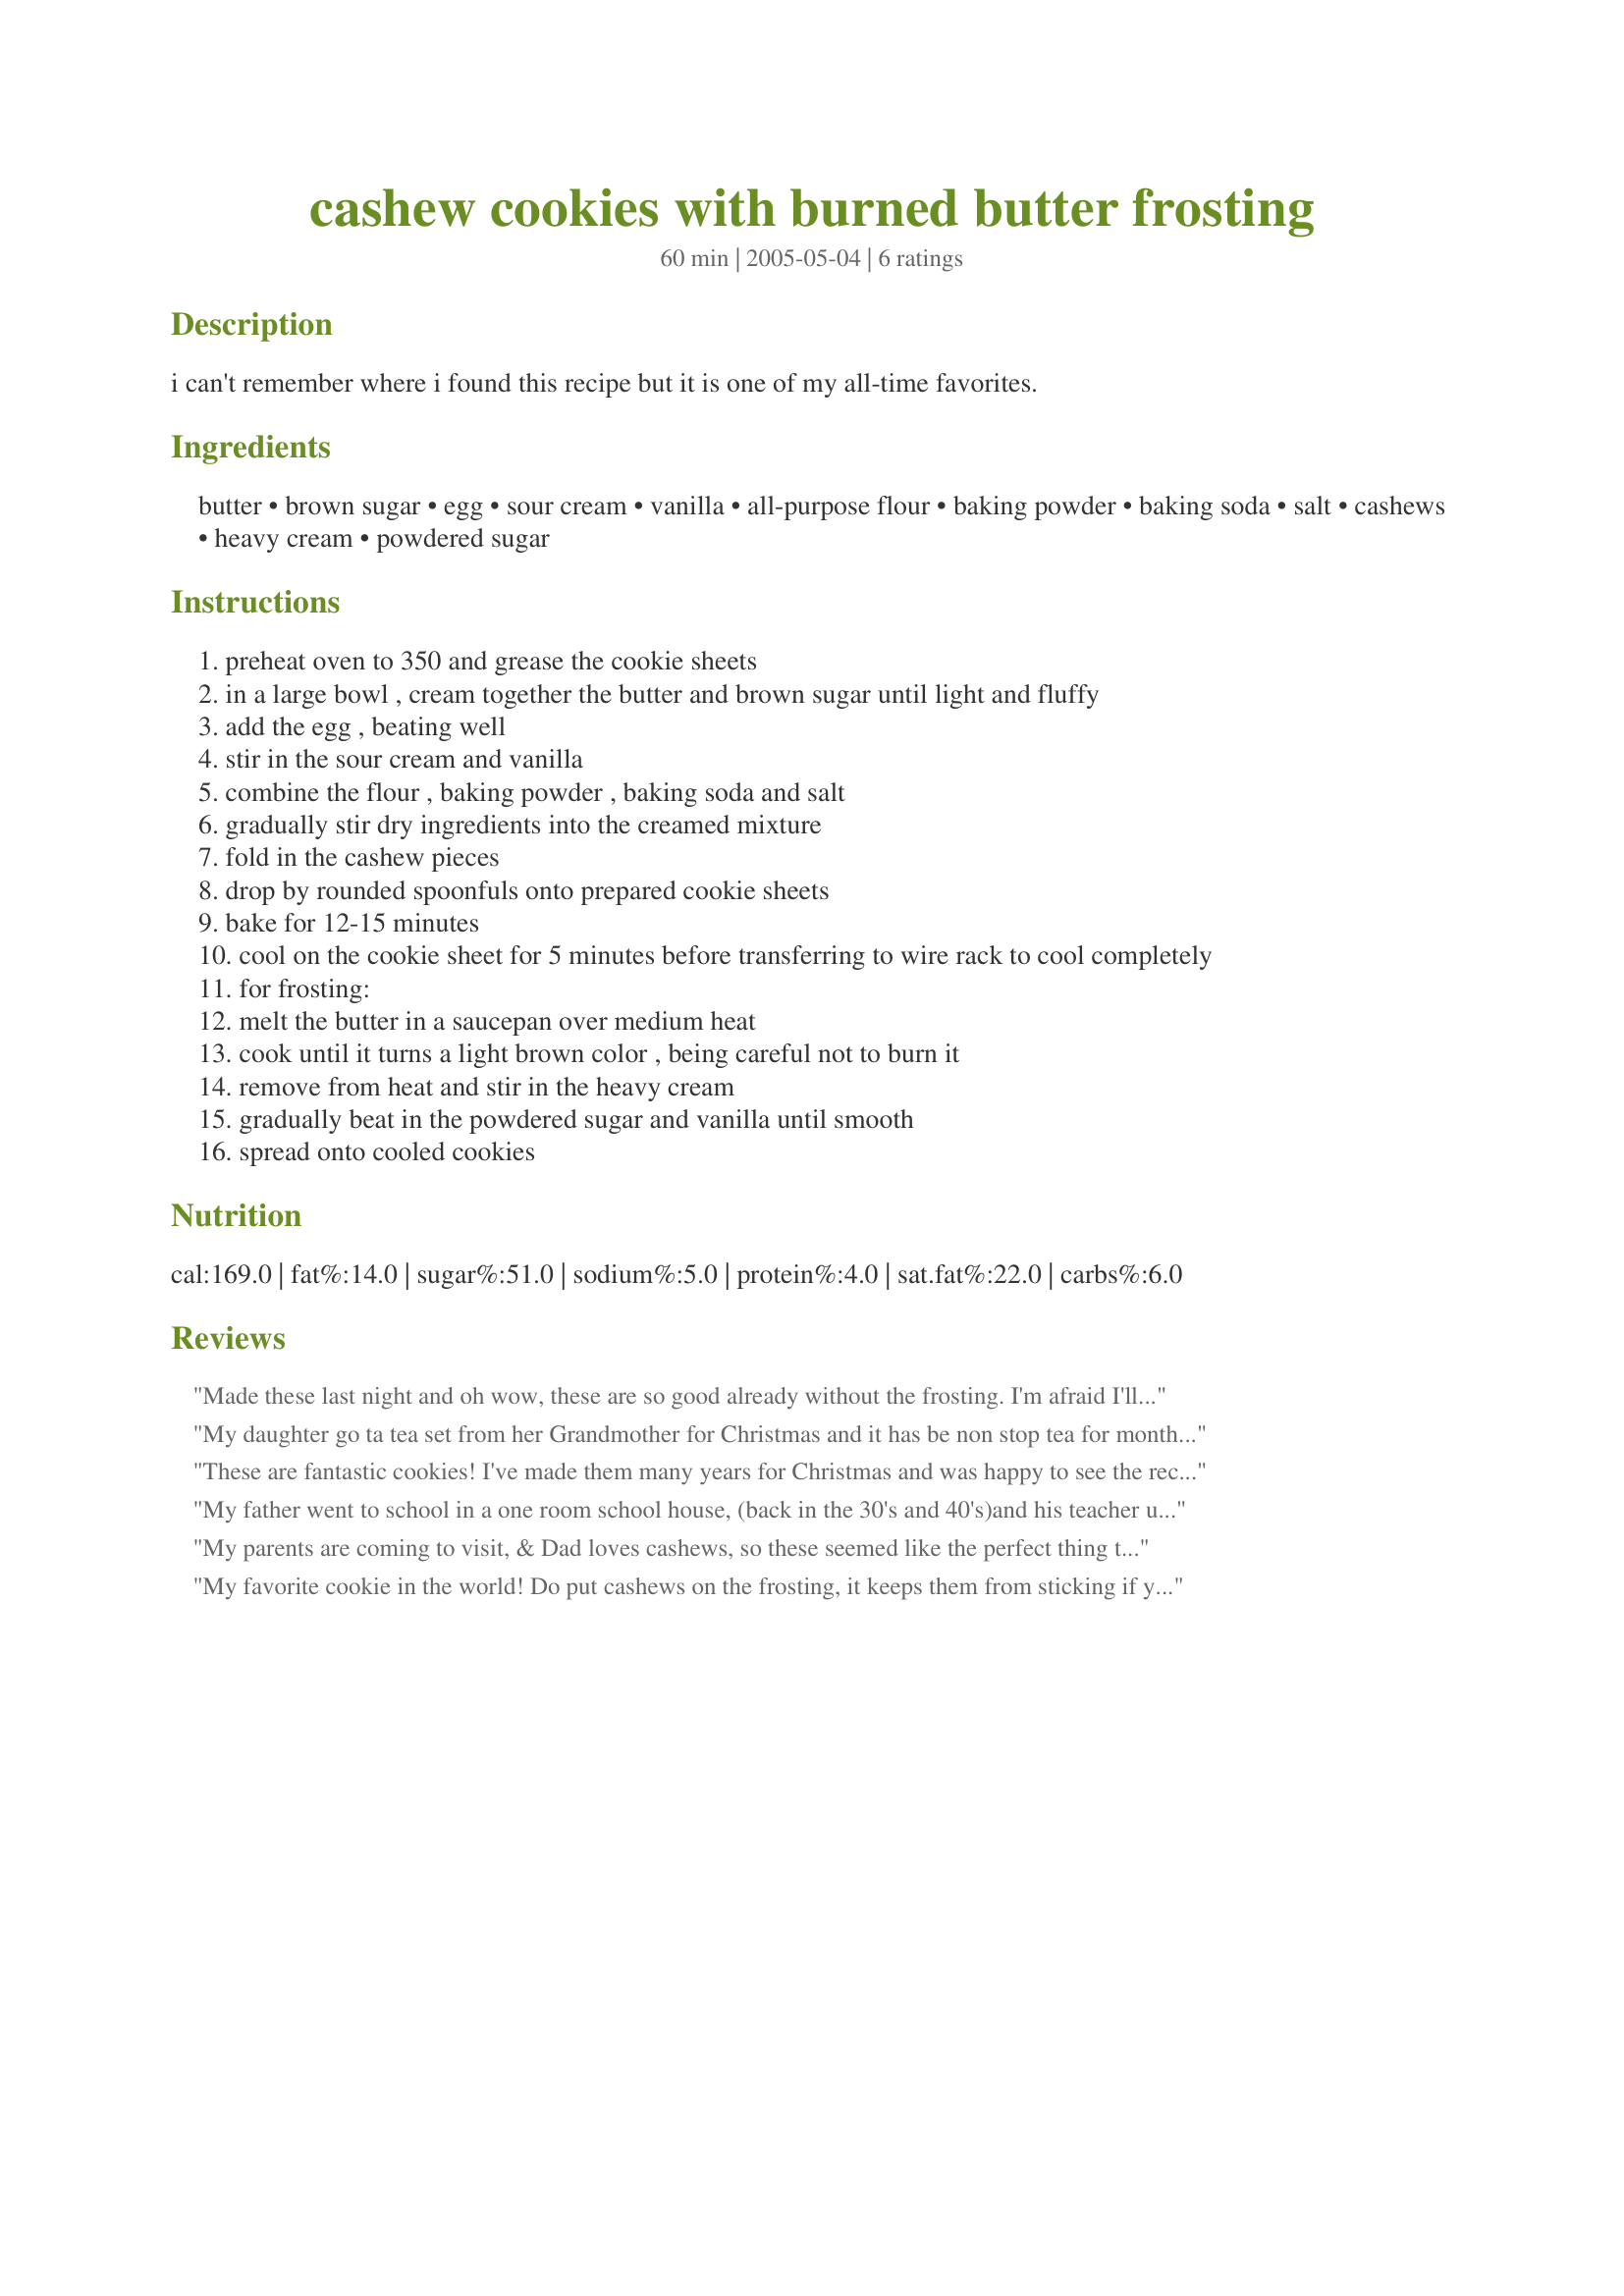
cashew cookies with burned butter frosting
Preparation time: 60 minutes

i can't remember where i found this recipe but it is one of my all-time favorites.

Ingredients:
butter, brown sugar, egg, sour cream, vanilla, all-purpose flour, baking powder, baking soda, salt, cashews, heavy cream, powdered sugar

Steps:
preheat oven to 350 and grease the cookie sheets
in a large bowl , cream together the butter and brown sugar until light and fluffy
add the egg , beating well
stir in the sour cream and vanilla
combine the flour , baking powder , baking soda and salt
gradually stir dry ingredients into the creamed mixture
fold in the cashew pieces
drop by rounded spoonfuls onto prepared cookie sheets
bake for 12-15 minutes
cool on the cookie sheet for 5 minutes before transferring to wire rack to cool completely
for frosting:
melt the butter in a saucepan over medium heat
cook until it turns a light brown color , being careful not to burn it
remove from heat and stir in the heavy cream
gradually beat in the powdered sugar and vanilla until smooth
spread onto cooled cookies

Reviews:
Made these last night and oh wow, these are so good already without the frosting. I'm afraid I'll have to make them again to have 'em with the frosting. Thanks for this fantastic recipe! Definetly a keeper!!!
My daughter go ta tea set from her Grandmother for Christmas and it has be non stop tea for months. You'd think we were British! This is one of the recipes we've had along the way. I'm more on the four star side with these but DH and DD1 loved them so 5 it is. I kinda think they taste better the day after you make them. Of course, very few made it that far in our house.
These are fantastic cookies! I've made them many years for Christmas and was happy to see the recipe posted here. The brown butter frosting is so delicious and makes these cookies extra special. I like to garnish the tops with whole cashews before the frosting sets--not only is it attractive, it also gives a hint as to the cookie flavor. Thanks for posting this wonderful recipe!
My father went to school in a one room school house, (back in the 30's and 40's)and his teacher used to make these for the class all the time. She had come across the recipe, and gave it to my mother to make for my dad. My mother HATES baking, so I inherited the recipe. My father has been gone 19 years now, and I did have the chance to make these for him before he passed. But seeing this recipe has brought back great memories.
My parents are coming to visit, & Dad loves cashews, so these seemed like the perfect thing to make. I followed the recipe to the "t". No substiutuions, additions, or omissions. I got 42 tender, nutty, rich cookies out of this recipe. I think it's important to use real butter here, no margarine. They are wonderful! Thanks Nessa, will make them again.
My favorite cookie in the world! Do put cashews on the frosting, it keeps them from sticking if you store them in a tin. We make these for Christmas, everyone who trys them raves!
